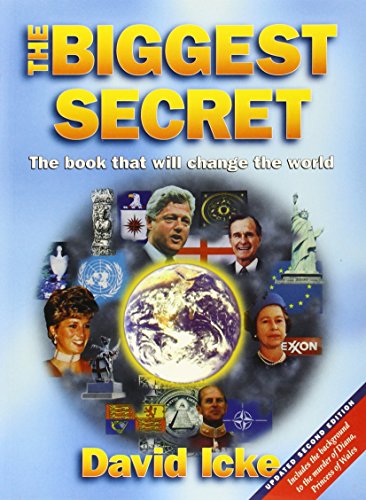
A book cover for The Biggest Secret: The Book That Will Change the World (Updated Second Edition); David Icke; Religion & Spirituality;